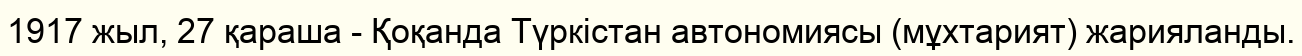
1917 жыл, 27 қараша - Қоқанда Түркістан автономиясы (мұхтарият) жарияланды.